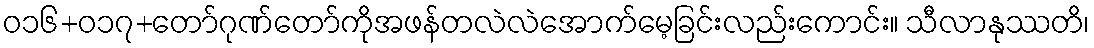
ဝ၁၆+၀၁၇+တော်ဂုဏ်တော်ကိုအဖန်တလဲလဲအောက်မေ့ခြင်းလည်းကောင်း။ သီလာနုဿတိ၊